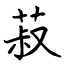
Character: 菽